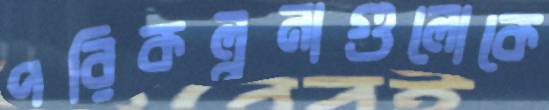
পরিকল্পনাগুলোকে